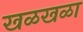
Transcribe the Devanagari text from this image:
खळखळा